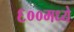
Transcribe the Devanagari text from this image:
६००मध्ये